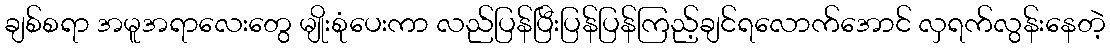
ချစ်စရာ အမူအရာလေးတွေ မျိုးစုံပေးကာ လည်ပြန်ပြီးပြန်ပြန်ကြည့်ချင်ရလောက်အောင် လှရက်လွန်းနေတဲ့